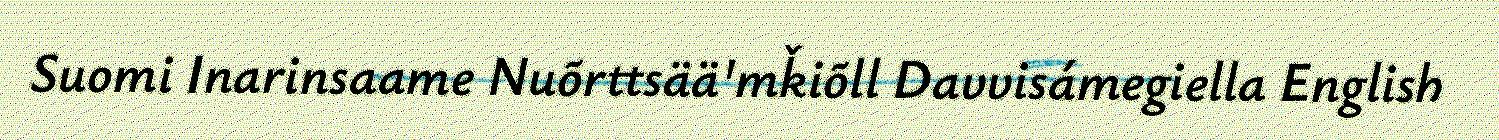
Suomi Inarinsaame Nuõrttsää'mǩiõll Davvisámegiella English